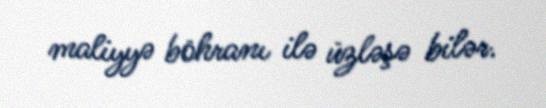
maliyyə böhranı ilə üzləşə bilər.